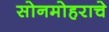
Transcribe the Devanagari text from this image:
सोनमोहराचे